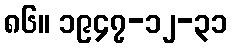
၈၆။ ၁၉၄၇-၁၂-၃၁